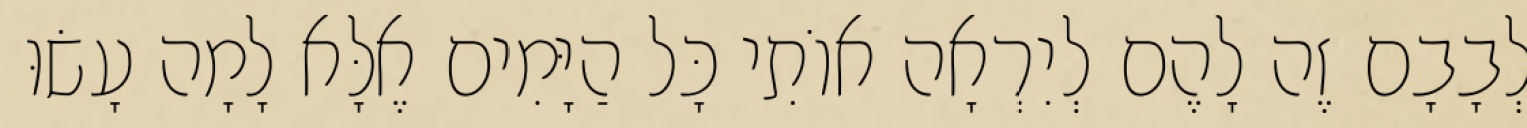
לְבָבָם זֶה לָהֶם לְיִרְאָה אוֹתִי כָּל הַיָּמִים אֶלָּא לָמָה עָשׂוּ